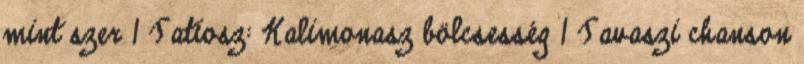
mint szer 1 Tatiosz: Kalimonasz bölcsesség 1 Tavaszi chanson